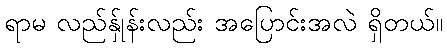
ရာမ လည်န်ှုန်းလည်း အပြောင်းအလဲ ရှိတယ်။